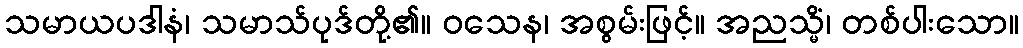
သမာယပဒါနံ၊ သမာသ်ပုဒ်တို့၏။ ဝသေန၊ အစွမ်းဖြင့်။ အညသ္မိံ၊ တစ်ပါးသော။